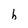
Character: h